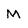
Character: m